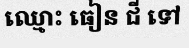
ឈ្មោះ ធៀន ជី ទៅ